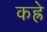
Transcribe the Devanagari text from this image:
कह्रे